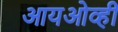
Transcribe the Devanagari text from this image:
आयओव्ही